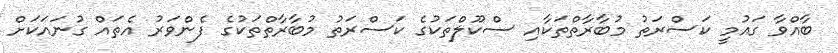
ބާއްވާ ގައުމީ ކަސްރަތު މުބާރާތްތަކާއި ސްކޫލްތަކުގެ ކަސްރަތު މުބާރާތްތަކުގެ ފެންވަރު އެތައް ގުނައަކަށް